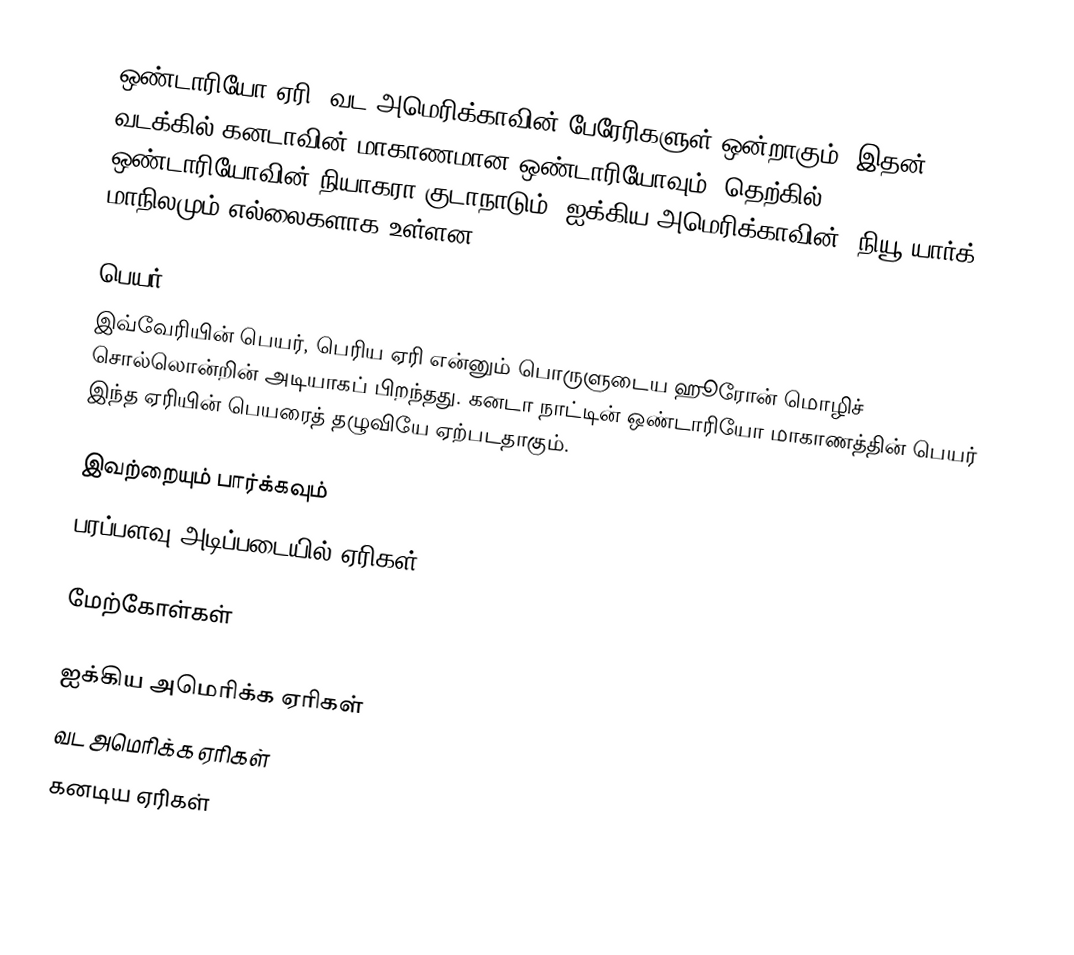
ஒண்டாரியோ ஏரி, வட அமெரிக்காவின் பேரேரிகளுள் ஒன்றாகும். இதன் வடக்கில் கனடாவின் மாகாணமான ஒண்டாரியோவும்; தெற்கில், ஒண்டாரியோவின் நியாகரா குடாநாடும், ஐக்கிய அமெரிக்காவின், நியூ யார்க் மாநிலமும் எல்லைகளாக உள்ளன.

பெயர்
இவ்வேரியின் பெயர், பெரிய ஏரி என்னும் பொருளுடைய ஹூரோன் மொழிச் சொல்லொன்றின் அடியாகப் பிறந்தது. கனடா நாட்டின் ஒண்டாரியோ மாகாணத்தின் பெயர் இந்த ஏரியின் பெயரைத் தழுவியே ஏற்படதாகும்.

இவற்றையும் பார்க்கவும்
 பரப்பளவு அடிப்படையில் ஏரிகள்

மேற்கோள்கள்

ஐக்கிய அமெரிக்க ஏரிகள்
வட அமெரிக்க ஏரிகள்
கனடிய ஏரிகள்